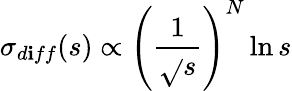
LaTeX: \sigma_{d\mathbf{i}ff}(s)\propto\left(\frac{{1}}{{\sqrt{}{{s}}}}\right)^{N}\ln{s}